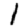
Digit: 1